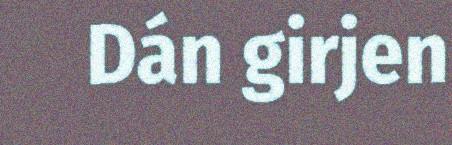
Dán girjen